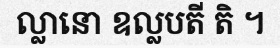
ល្លានោ ឧល្លបតី តិ ។